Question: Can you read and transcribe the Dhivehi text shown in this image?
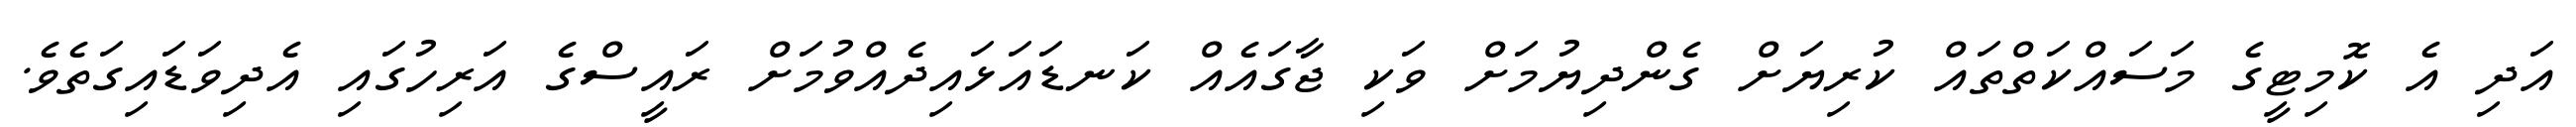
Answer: އަދި އެ ކޮމިޓީގެ މަސައްކަތްތައް ކުރިޔަށް ގެންދިޔުމަށް ވަކި ޖާގައެއް ކަނޑައަޅައިދެއްވުމަށް ރައީސްގެ އަރިހުގައި އެދިވަޑައިގަތެވެ.